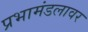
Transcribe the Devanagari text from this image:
प्रभामंडलावर